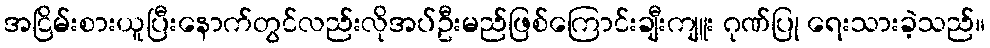
အငြိမ်းစားယူပြီးနောက်တွင်လည်းလိုအပ်ဦးမည်ဖြစ်ကြောင်းချီးကျူး ဂုဏ်ပြု ရေးသားခဲ့သည်။